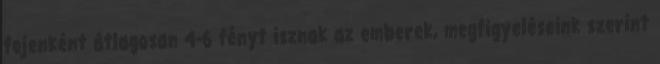
fejenként átlagosan 4-6 fényt isznak az emberek, megfigyeléseink szerint